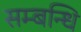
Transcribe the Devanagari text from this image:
सम्‍बन्‍धि